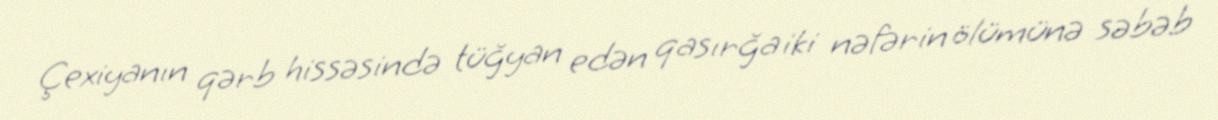
Çexiyanın qərb hissəsində tüğyan edən qasırğa iki nəfərin ölümünə səbəb